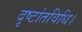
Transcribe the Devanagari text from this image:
दृष्टांतविधि।